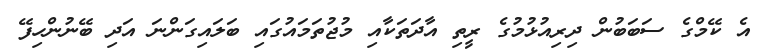
އެ ކޭމްގެ ސަބަބުން ދިރިއުޅުމުގެ ރީތި އާދަތަކާއި މުޖުތަމައުގައި ބަލައިގަންނަ އަދި ބޭނުންހިފޭ